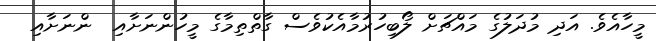
މީހާއެވެ. އަދި މުދަލުގެ މައްޗަށް ލޯބިހުރުމާއެކުވެސް ގާތްތިމާގެ މީހުންނަށާއި  ންނަށާއި